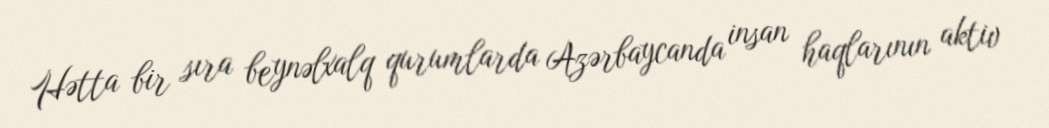
Hətta bir sıra beynəlxalq qurumlarda Azərbaycanda insan haqlarının aktiv